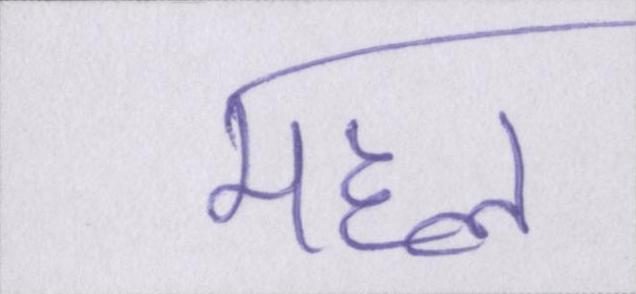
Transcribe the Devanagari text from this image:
महल